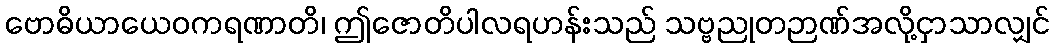
ဗောဓိယာယေဝကရဏာတိ၊ ဤဇောတိပါလရဟန်းသည် သဗ္ဗညုတဉာဏ်အလို့ငှာသာလျှင်